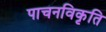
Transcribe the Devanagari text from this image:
पाचनविकृति